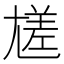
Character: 㞉